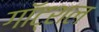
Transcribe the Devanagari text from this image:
गॉट्शल